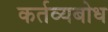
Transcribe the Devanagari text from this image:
कर्तव्यबोध